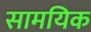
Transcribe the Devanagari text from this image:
सामयिक